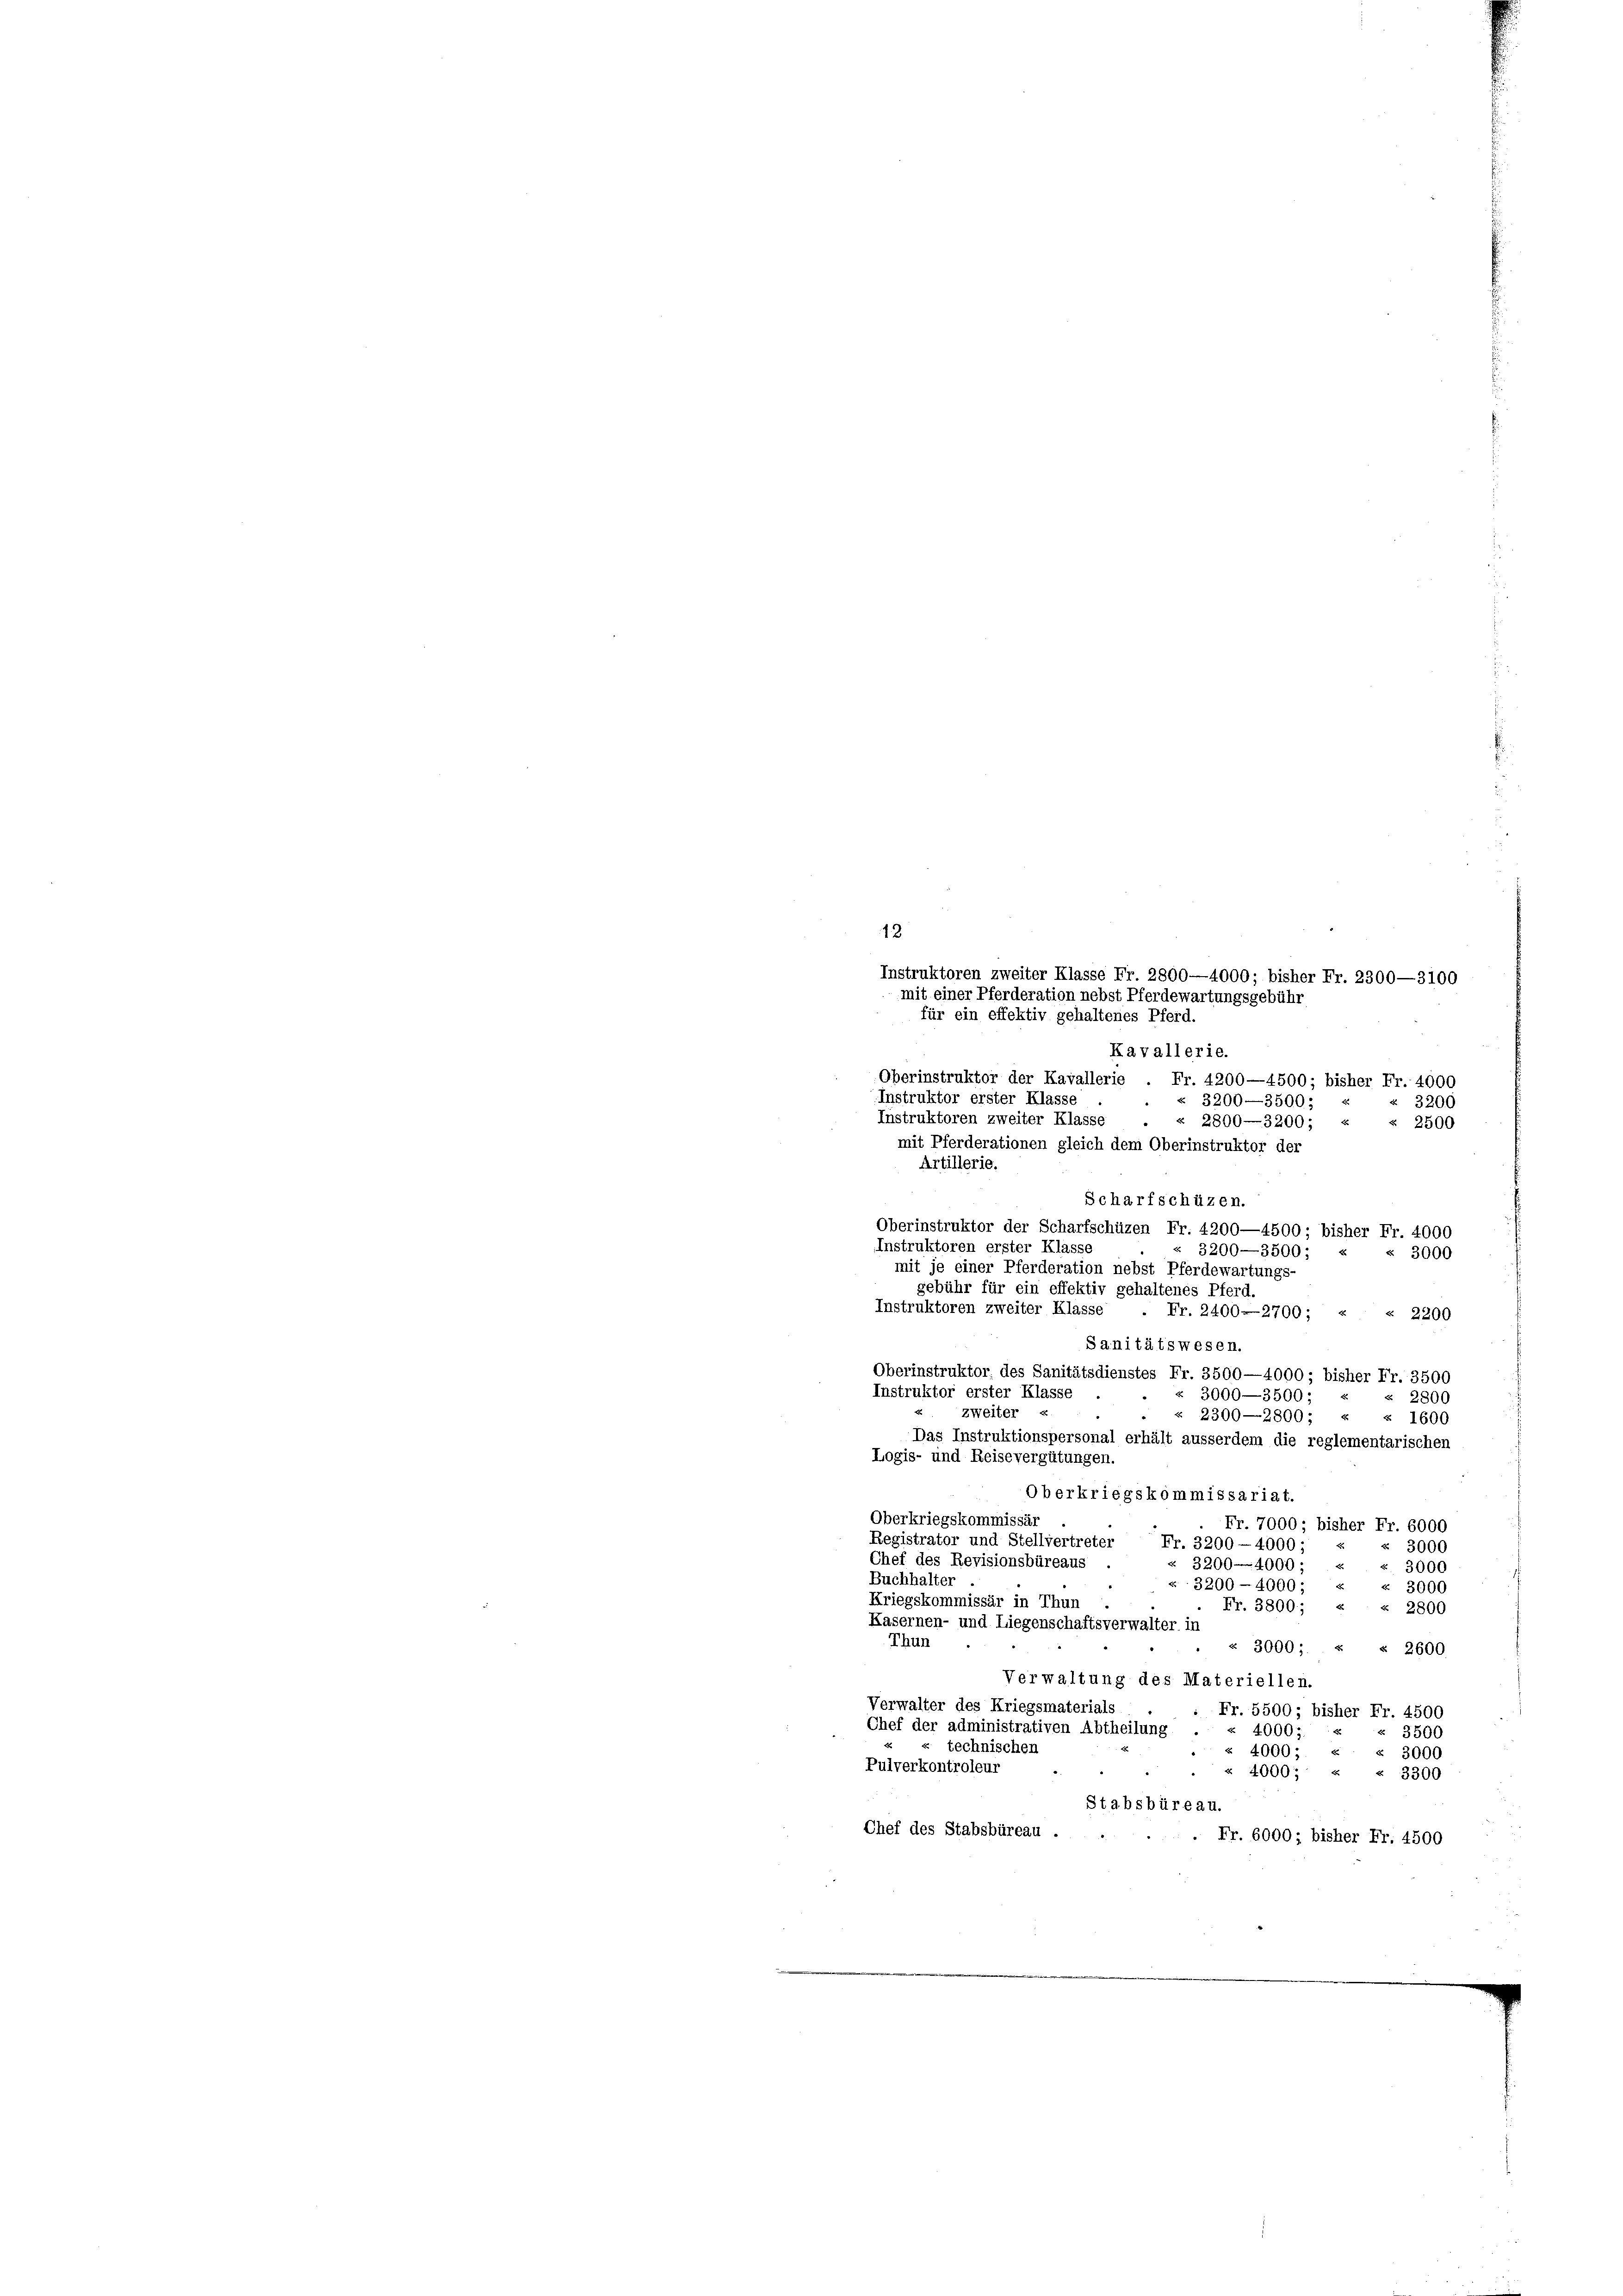
für ein effektiv gehaltenes Pferd.

Scharfschüzen.
Oberinstruktor der Scharfschüzen Fr. 4200—4500; bisher Fr. 4000

Instruktoren zweiter Klasse Fr. 2800—4000; bisher Fr. 2300—3100
mit einer Pferderation nebst Pferdewartungsgebühr
Kavallerie.
Oberinstruktor der Kavallerie Fr. 4200—4500; bisher Fr. 4000
Instruktor erster Klasse
« 3200—3500;
3200
Instruktoren zweiter Klasse « 2800—3200; « « 2500
mit Pferderationen gleich dem Oberinstruktor der
Artillerie.
Instruktoren erster Klasse
3200—3500;
3000
mit je einer Pferderation nebst Pferdewartungs-
gebühr für ein effektiv gehaltenes Pferd.
Instruktoren zweiter Klasse . Fr. 2400—2700; «
« 2200
Sanitätswesen.
Oberinstruktor des Sanitätsdienstes Fr. 3500—4000; bisher Fr. 3500
Instruktor erster Klasse
« 3000—3500; «
2800
zweiter E
2300—2800; « « 1600
Das Instruktionspersonal erhält ausserdem die reglementarischen
Logis- und Reisevergütungen.
Oberkriegskommissariat.
Oberkriegskommissär
Fr. 7000; bisher Fr. 6000
Registrator und Stellvertreter Fr. 3200 - 4000;
« 3000
Chef des Revisionsbüreaus
Z 3200—4000;
« 3000
Buchhalter
« 3200-4000; « « 3000
Kriegskommissär in Thun
Fr. 3800; «
2800
Kasernen- und Liegenschaftsverwalter in
Thun
« 3000; « § 2600
Verwaltung des Materiellen.
Verwalter des Kriegsmaterials
Fr. 5500; bisher Fr. 4500
Chef der administrativen Abtheilung
" 40007.
« 3500
« technischen
4000;
« 3000
Pulverkontroleur
« 4000; « « 3300
Stabsbüreau.
Chef des Stabsbureau .
 Fr. 6000; bisher Fr. 4500